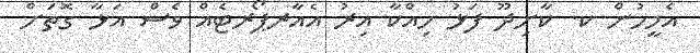
އެމީހުން ކ. ކާށިދޫ ފަޅު ހިއްކާ އިރު އެއާރޕޯރޓެއް ވެސް އަޅާ ގޮތަށް